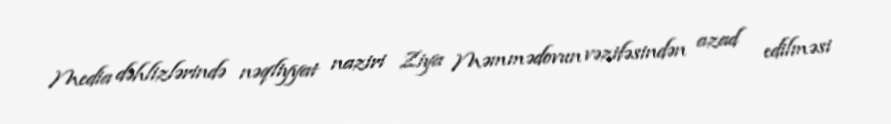
Media dəhlizlərində nəqliyyat naziri Ziya Məmmədovun vəzifəsindən azad edilməsi